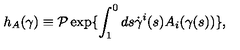
h _ { A } ( \gamma ) \equiv { \cal P } \exp \{ \int _ { 1 } ^ { 0 } d s \dot { \gamma } ^ { i } ( s ) A _ { i } ( \gamma ( s ) ) \} ,